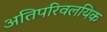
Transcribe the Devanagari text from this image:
अतिपरिवलयिक